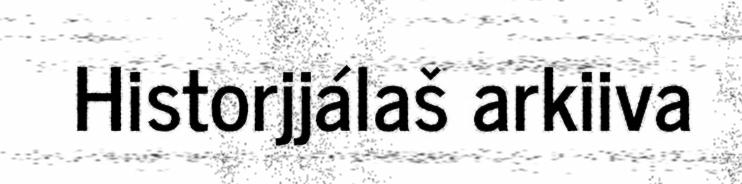
Historjjálaš arkiiva